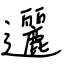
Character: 邐